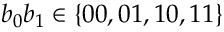
b _ { 0 } b _ { 1 } \in \{ 0 0 , 0 1 , 1 0 , 1 1 \}